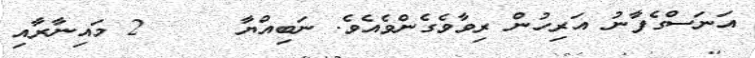
އަނަސްގެފާނު އަރިހުން ރިވާވެގެންވެއެވެ. ނަބިއްޔާ     2 މައިނާރާއި